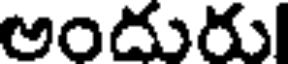
అందురు